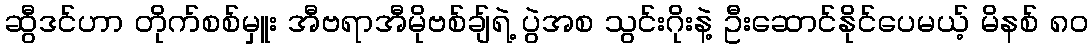
ဆွီဒင်ဟာ တိုက်စစ်မှူး အီဗရာအီမိုဗစ်ချ်ရဲ့ ပွဲအစ သွင်းဂိုးနဲ့ ဦးဆောင်နိုင်ပေမယ့် မိနစ် ၈၀